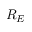
R _ { E }